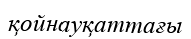
қойнауқаттағы